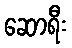
ဆောရီး